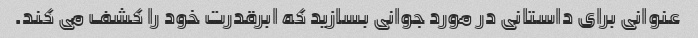
عنوانی برای داستانی در مورد جوانی بسازید که ابرقدرت خود را کشف می کند.